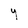
Character: Y